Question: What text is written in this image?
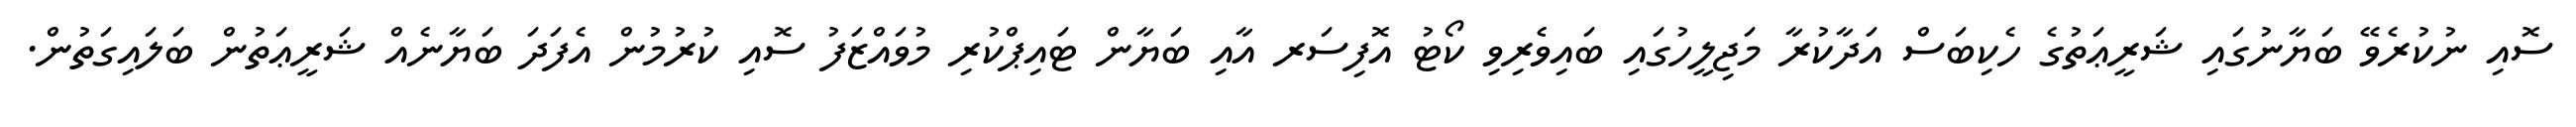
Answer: ސޮއި ނުކުރެވޭ ބަޔާނުގައި ޝަރީޢަތުގެ ހެކިބަސް އަދާކުރާ މަޖިލީހުގައި ބައިވެރިވި ކޯޓު އޮފިސަރ އާއި ބަޔާން ޓައިޕްކުރި މުވައްޒަފު ސޮއި ކުރުމުން އެފަދަ ބަޔާނެއް ޝަރީޢަތުން ބަލައިގަތުން.